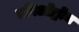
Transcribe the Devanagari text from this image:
एविओड्रोम